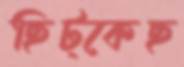
ছিট্‌কেছ